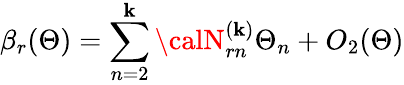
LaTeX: \beta_{r}(\Theta)=\sum_{n=2}^{\mathbf{k}}{\calN}_{rn}^{(\mathbf{k})}\Theta_{n}+O_{2}(\Theta)